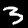
Digit: 3